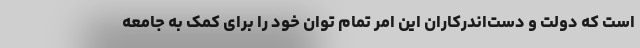
است که دولت و دست‌اندرکاران این امر تمام توان خود را برای کمک به جامعه